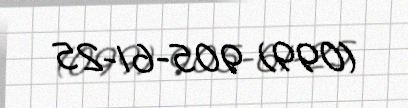
(099) 905-61-25